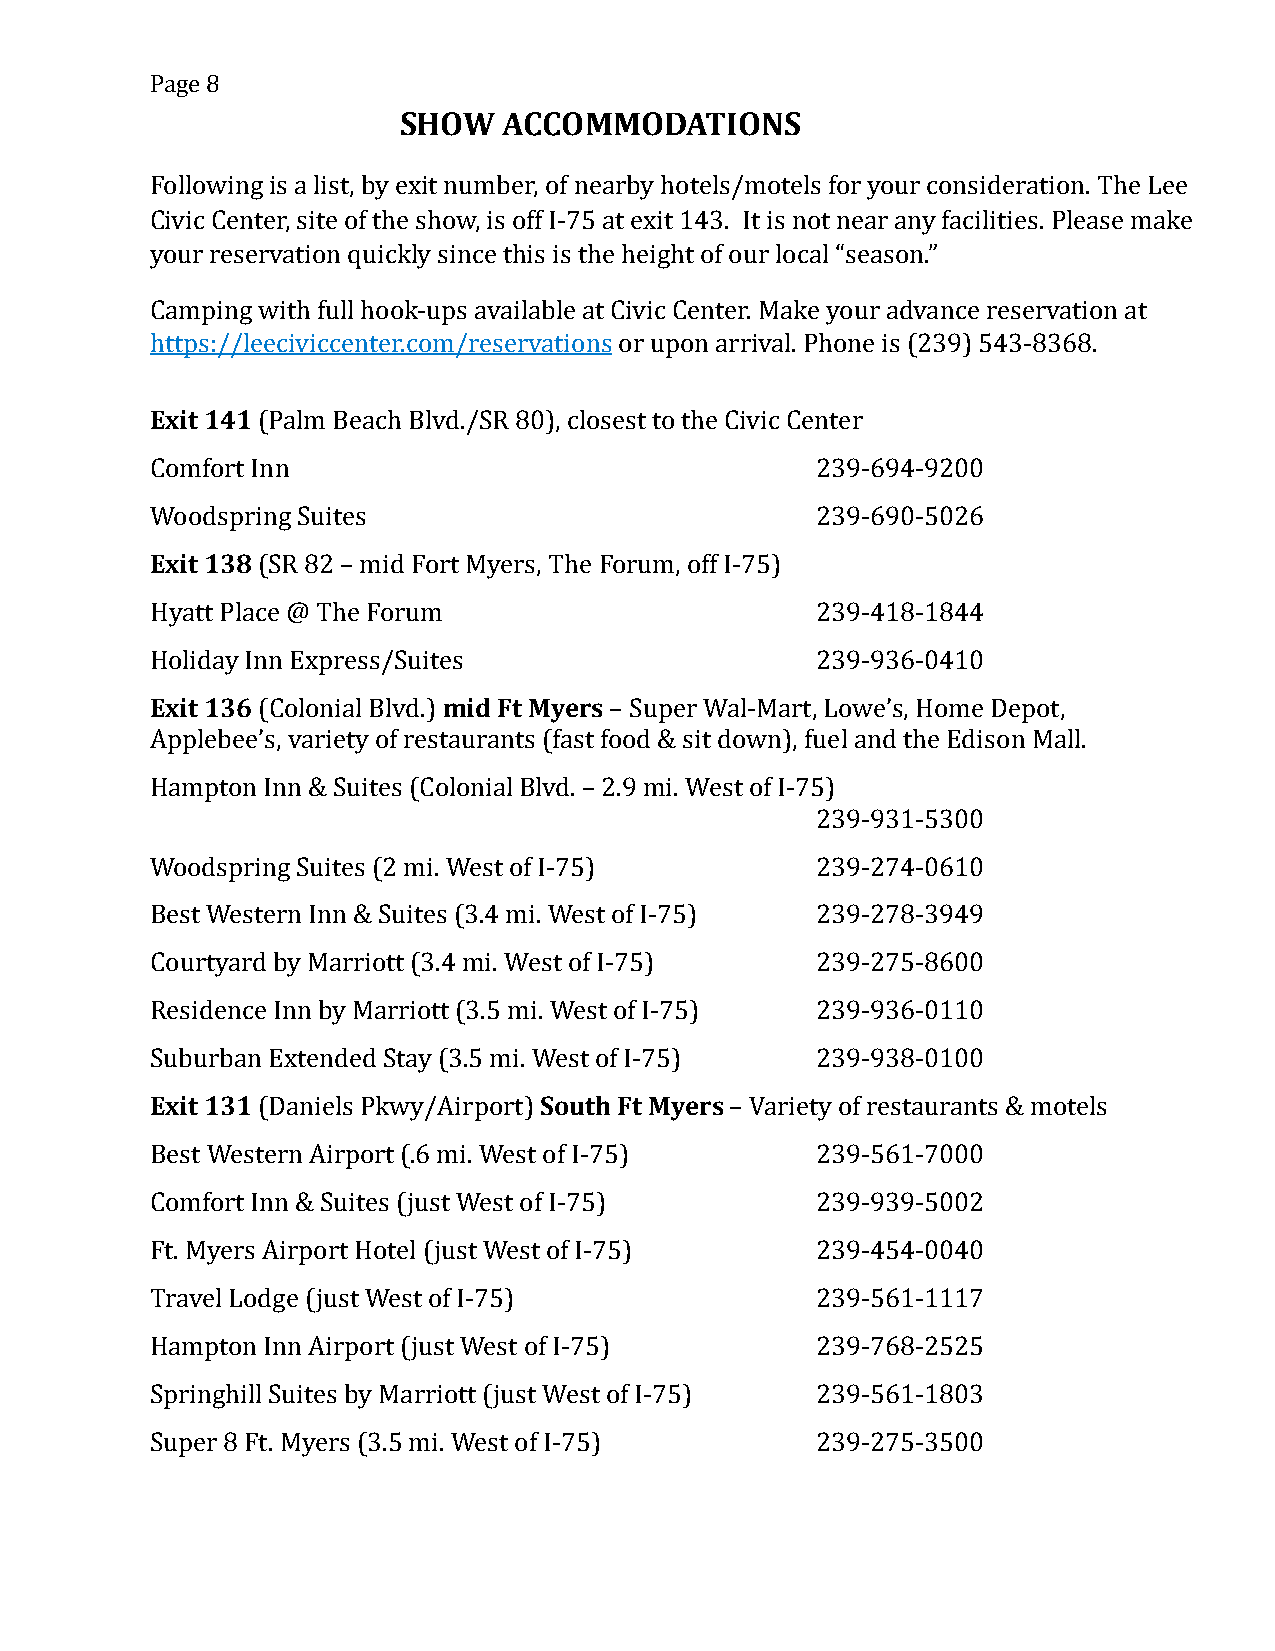
Page 8
 SHOW   ACCOMMODATIONS
 Following is a list, by exit number, of nearby hotels/motels for your consideration. The Lee
 Civic Center, site of the show, is off I-75 at exit 143. It is not near any facilities. Please make
 your reservation quickly since this is the height of our local “season.”
 Camping with full hook-ups available at Civic Center. Make your advance reservation at
 https://leeciviccenter.com/reservations or upon arrival. Phone is (239) 543-8368.
 Exit 141 (Palm Beach Blvd./SR 80), closest to the Civic Center
 Comfort Inn                                 239-694-9200
 Woodspring Suites                           239-690-5026
 Exit 138 (SR 82 – mid Fort Myers, The Forum, off I-75)
 Hyatt Place @ The Forum                     239-418-1844
 Holiday Inn Express/Suites                  239-936-0410
 Exit 136 (Colonial Blvd.) mid Ft Myers – Super Wal-Mart, Lowe’s, Home Depot,
 Applebee’s, variety of restaurants (fast food & sit down), fuel and the Edison Mall.
 Hampton Inn & Suites (Colonial Blvd. – 2.9 mi. West of I-75)
 239-931-5300
 Woodspring Suites (2 mi. West of I-75)      239-274-0610
 Best Western Inn & Suites (3.4 mi. West of I-75) 239-278-3949
 Courtyard by Marriott (3.4 mi. West of I-75) 239-275-8600
 Residence Inn by Marriott (3.5 mi. West of I-75) 239-936-0110
 Suburban Extended Stay (3.5 mi. West of I-75) 239-938-0100
 Exit 131 (Daniels Pkwy/Airport) South Ft Myers – Variety of restaurants & motels
 Best Western Airport (.6 mi. West of I-75)  239-561-7000
 Comfort Inn & Suites (just West of I-75)    239-939-5002
 Ft. Myers Airport Hotel (just West of I-75) 239-454-0040
 Travel Lodge (just West of I-75)            239-561-1117
 Hampton Inn Airport (just West of I-75)     239-768-2525
 Springhill Suites by Marriott (just West of I-75) 239-561-1803
 Super 8 Ft. Myers (3.5 mi. West of I-75)    239-275-3500